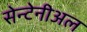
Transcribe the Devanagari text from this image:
सेन्टेनीअल